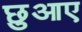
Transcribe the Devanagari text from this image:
छुआए